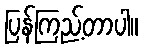
ပြန်ကြည့်တာပါ။